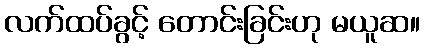
လက်ထပ်ခွင့် တောင်းခြင်းဟု မယူဆ။